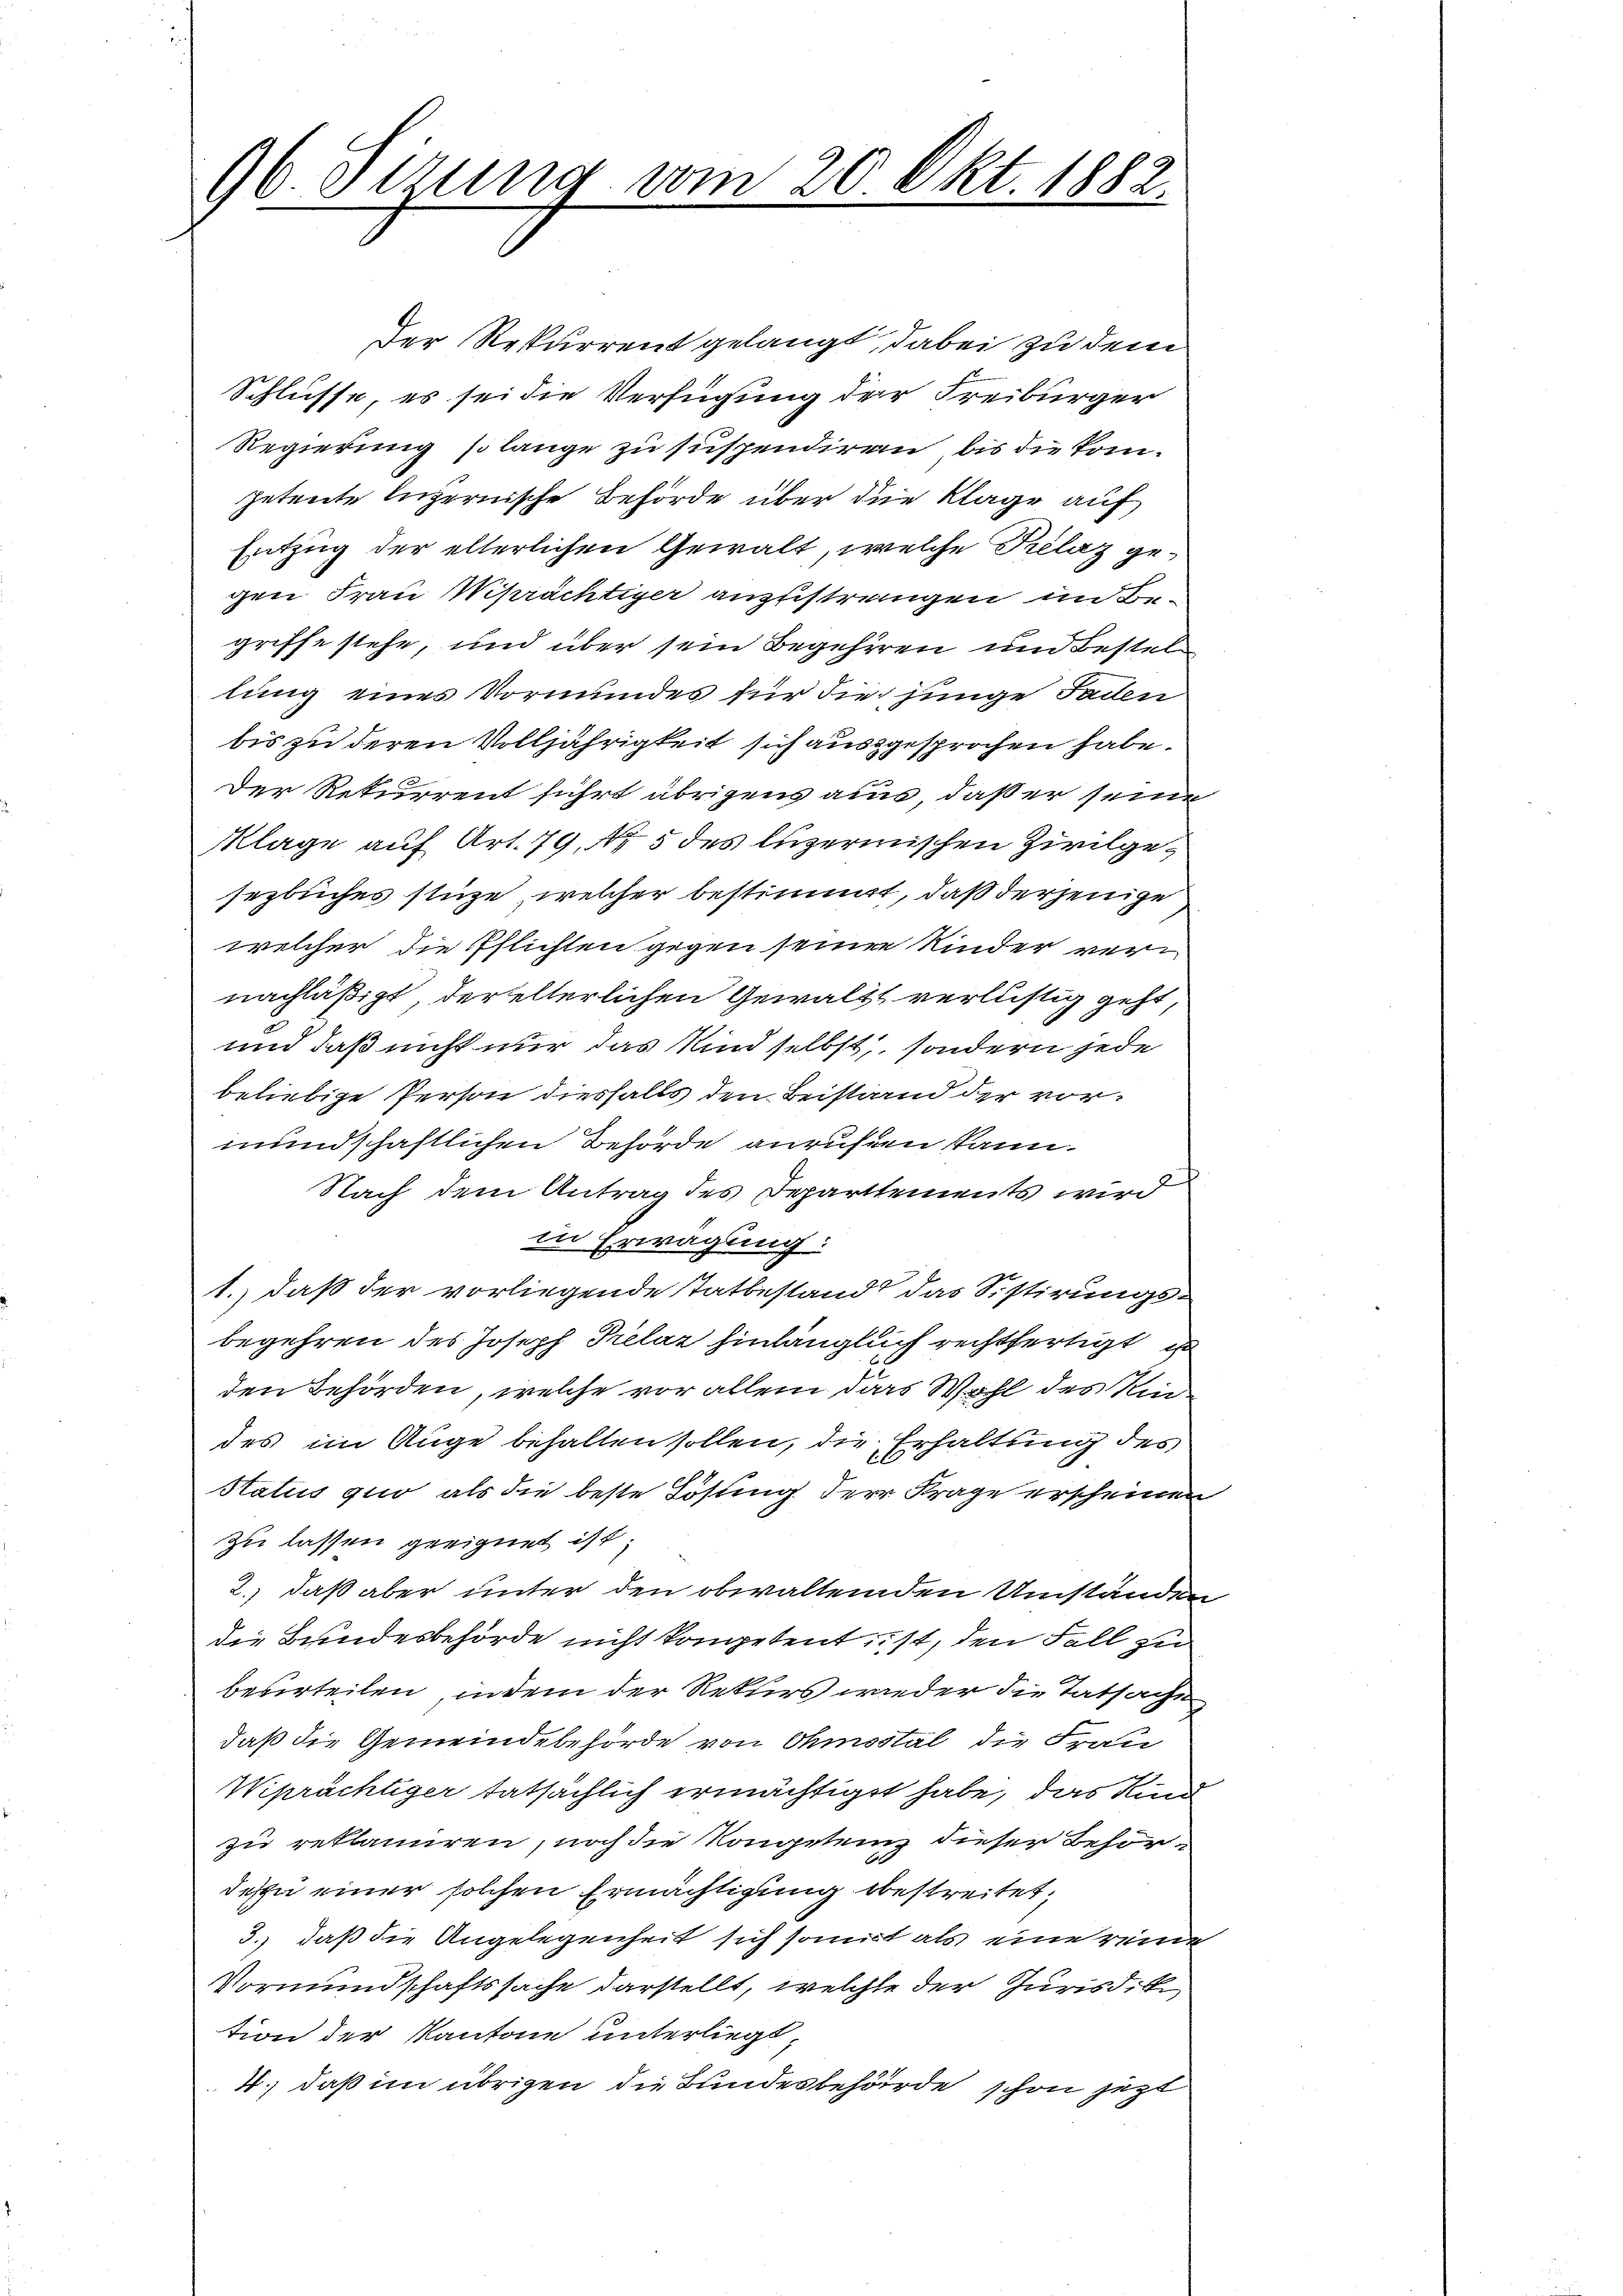
96. Sizung vom 20. Okt. 1882

Der Rekurrent gelangt, dabei zu dem
Schlüsse, es sei die Verfügung der Freibürger
Regierung so lange zu suspendiren, bis die kompetente luzernische Behörde über die Klage auf
Entzug der elterlichen Gewalt, welche Prélaz gegen Frau prächtiger ausstrangen in Begriffe stehe, und über sein Begehren und Bestellung eines Vormundes für die junge Faden
bis zu deren Volljährigkeit sich ausgesprochen habe.
Der Rekurrent führt übrigens aus, daß er seine
Klage auf Art. 79, Nr. 5 des luzernischen Zivilgesezbuches stüze, welcher bestimmt, daß derjenige
welcher die Pflichten gegen seiner Kinder vernachläßigt, der elterlichen Gewaltt verlustig geht,
und daß nicht nur das Kind selbst, sondern jede
beliebige Person diesfalls den Beistand der vormundschaftlichen Behörde anrufen kann.
Nach dem Antrag des Departements wird
in Erwägung:
1.) daß der vorliegende Tatbestand das Sistirungsbegehren des Joseph Prelaz hinlänglich rechtfertigt in
den Behörden, welche vor allem das Wohl des Kindes im Auge behalten sollen, die Erhaltung des
Status quo als die beste Lösung der Frage erscheinen
zu lassen geeignet ist,
2.) daß aber unter den obwaltenden Umständen
die Bundesbehörde nicht kompetent ist, den Fall zu
beurteilen, indem der Rekurs wieder die Tatsache
daß die Gemeindebehörde von Ohmostal die Frau
Wiprächtiger tatsächlich ermächtiget habe, das Kindzu reklamiren, noch die Kongetenz dieser Behördesse einer solchen Ermächtigung bestreitet,
3.) daß die Angelegenheit sich somit als eine reine
Vormundschaftssache darstellt, welchte der Jurisdik
tion der Kantone unterliegt,
4.) daß im übrigen die Bundesbehörde schon jezt